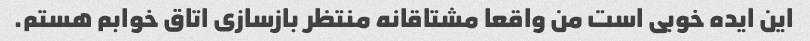
این ایده خوبی است من واقعا مشتاقانه منتظر بازسازی اتاق خوابم هستم.